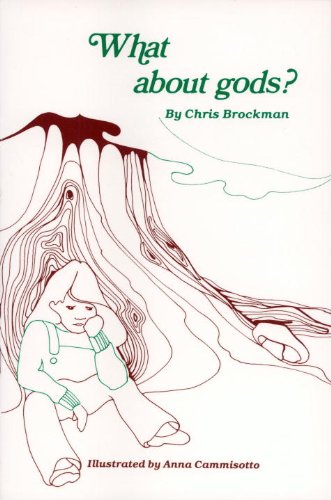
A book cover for What about Gods? (Skeptic's Bookshelf Series); Chris Brockman; Christian Books & Bibles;